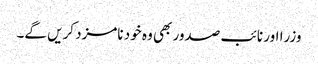
وزرا اور نائب صدور بھی وہ خود نامزد کریں گے۔